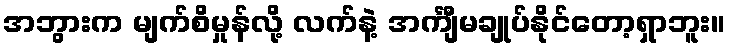
အဘွားက မျက်စိမှုန်လို့ လက်နဲ့ အင်္ကျီမချုပ်နိုင်တော့ရှာဘူး။